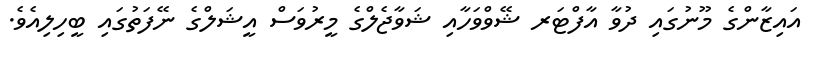
އައިޒާންގެ މޫނުގައި ދުވާ އާފްޓަރ ޝޭވްވަހާއި ޝަވާޖެލްގެ މީރުވަސް އީޝަލްގެ ނޭފަތުގައި ބީހިލިއެވެ.